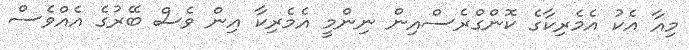
މިއާ އެކު އެމެރިކާގެ ކޮންގްރެސްއިން ނިންމީ އެމެރިކާ އިން ވެސް ބޭރުގެ އެއްވެސް